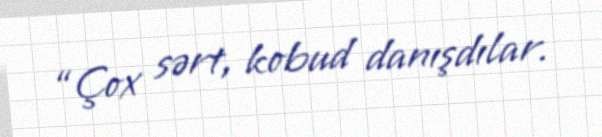
“Çox sərt, kobud danışdılar.